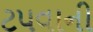
ટપવાની